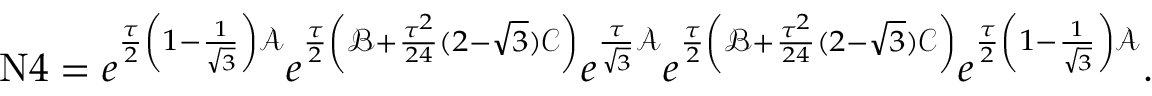
\begin{array} { r } { \mathrm { N } 4 = e ^ { \frac { \tau } { 2 } \left( 1 - \frac { 1 } { \sqrt { 3 } } \right) \mathcal { A } } e ^ { \frac { \tau } { 2 } \left( \mathcal { B } + \frac { \tau ^ { 2 } } { 2 4 } ( 2 - \sqrt { 3 } ) \mathcal { C } \right) } e ^ { \frac { \tau } { \sqrt { 3 } } \mathcal { A } } e ^ { \frac { \tau } { 2 } \left( \mathcal { B } + \frac { \tau ^ { 2 } } { 2 4 } ( 2 - \sqrt { 3 } ) \mathcal { C } \right) } e ^ { \frac { \tau } { 2 } \left( 1 - \frac { 1 } { \sqrt { 3 } } \right) \mathcal { A } } . } \end{array}